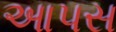
આપસ